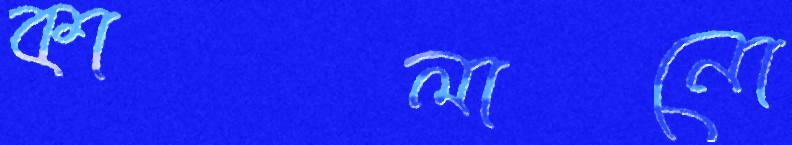
কালানো